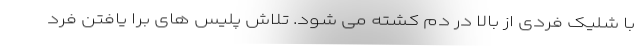
با شلیک فردی از بالا در دم کشته می شود. تلاش پلیس های برا یافتن فرد